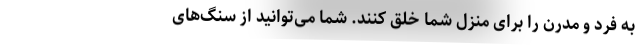
به فرد و مدرن را برای منزل شما خلق کنند. شما می‌توانید از سنگ‌های